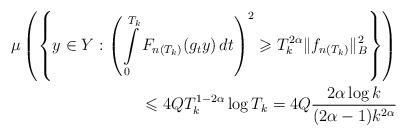
LaTeX: \begin{align*}\mu \left( \left \{ y \in Y: \left(\int\limits_0^{T_k} F_{n(T_k)}(g_t y) \, dt \right)^2 \geqslant T_k^{2\alpha}\| f_{n(T_k)} \|_{B}^2\right\} \right) \\\leqslant 4Q T_k^{1-2\alpha} \log T_k = 4Q \frac{2\alpha \log k}{(2\alpha-1)k^{2\alpha}}\end{align*}